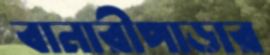
বানারীপাড়ার